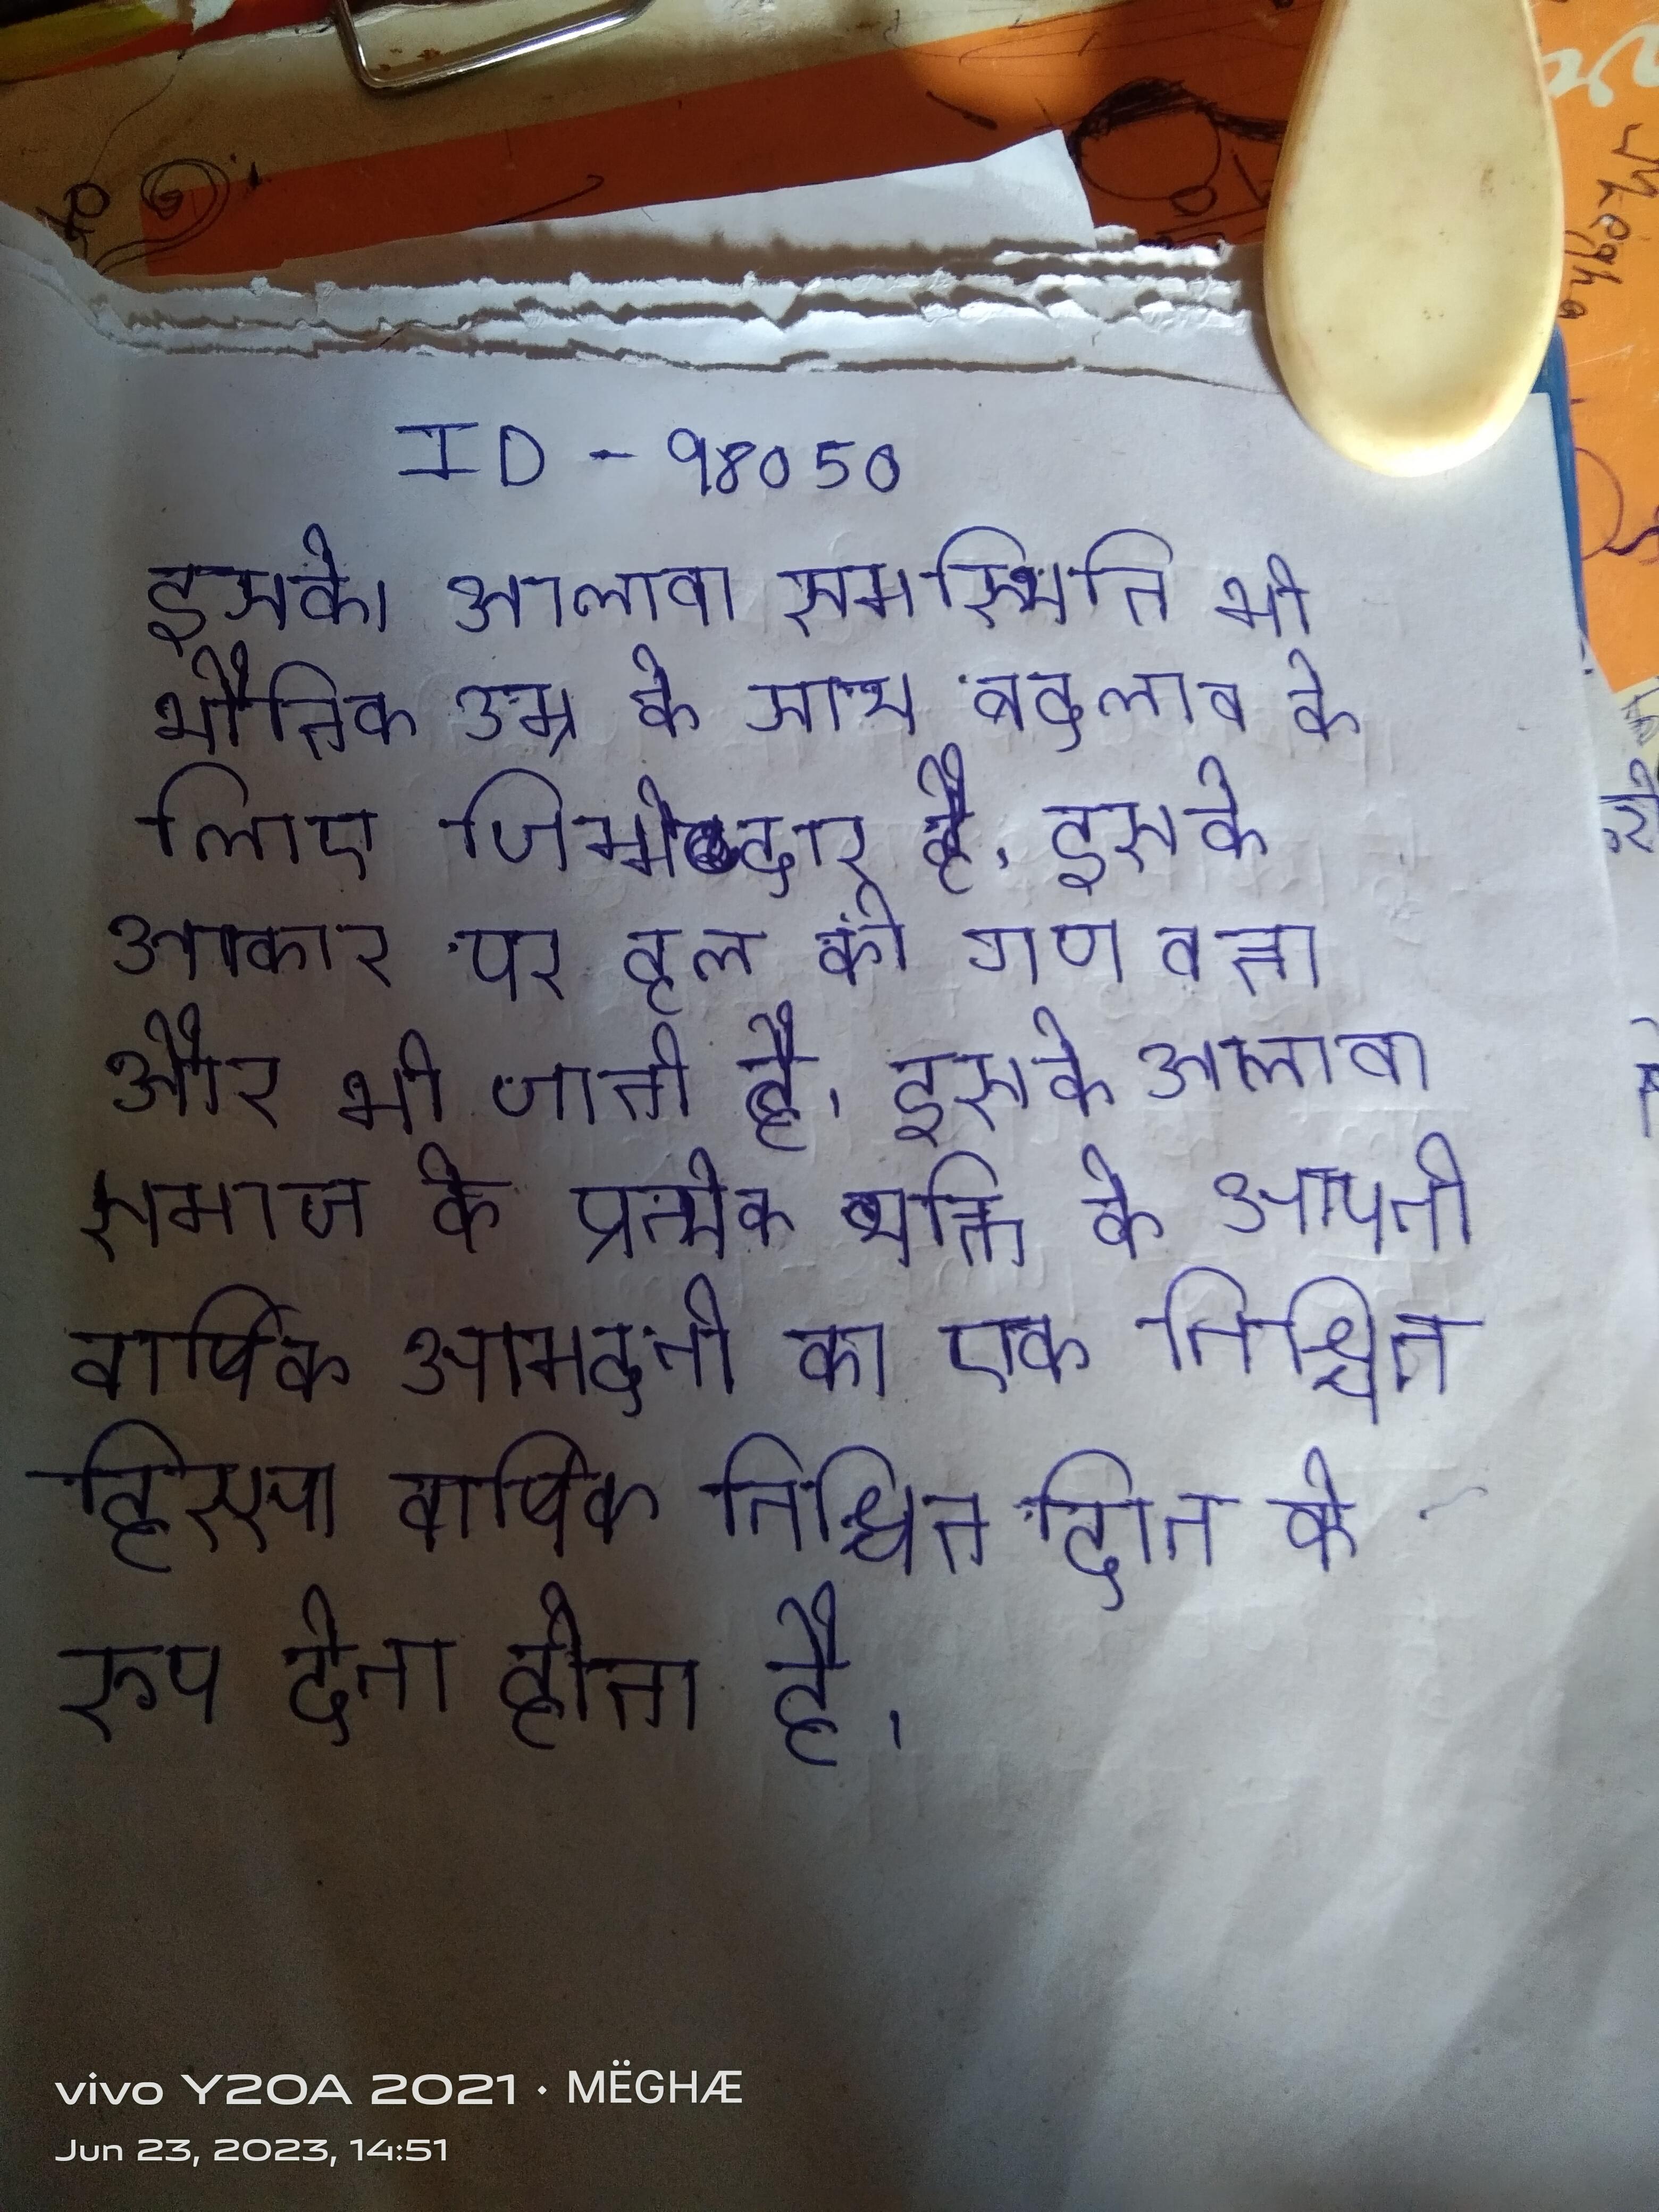
इसके अलावा, समस्थिति भी भौतिक उम्र के साथ बदलाव के लिए जिम्मेदार है । इसके अलावा, समस्या का आकार पर हल की गुणवत्ता और भी जाती है । इसके अलावा समाज के प्रत्येक व्यक्ति को अपनी वार्षिक आमदनी का एक निश्चित हिस्सा दान के रूप देना होता है ।